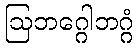
ဩဘဂ္ဂေါဘဂ္ဂံ